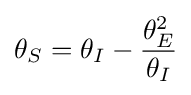
\theta _{S}=\theta _{I}-{\frac {\theta _{E}^{2}}{\theta _{I}}}